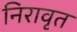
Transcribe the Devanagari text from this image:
निरावृत